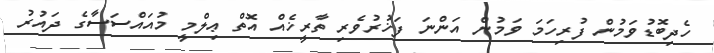
ހެދިބޮޑުވަމުން ފުރިހަމަ ވަމުން އަންނަ ފަޚުރުވެރި ތާރީޚެއް އޮތް ޢިލްމީ މުއައްސަސާގެ ދައުރު